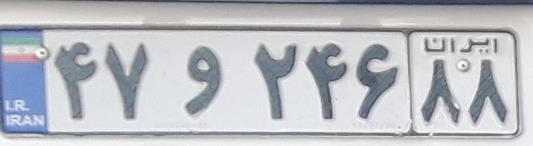
۴۷و۲۴۶۸۸